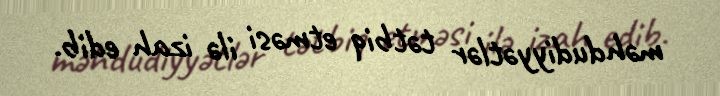
məhdudiyyətlər tətbiq etməsi ilə izah edib.